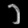
Digit: ၁